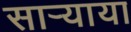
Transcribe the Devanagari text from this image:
साऱ्याया